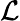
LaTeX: \cal L